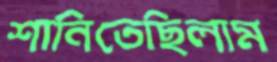
শানিতেছিলাম